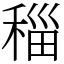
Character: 䅔